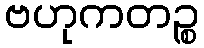
ဗဟုကတဉ္စ